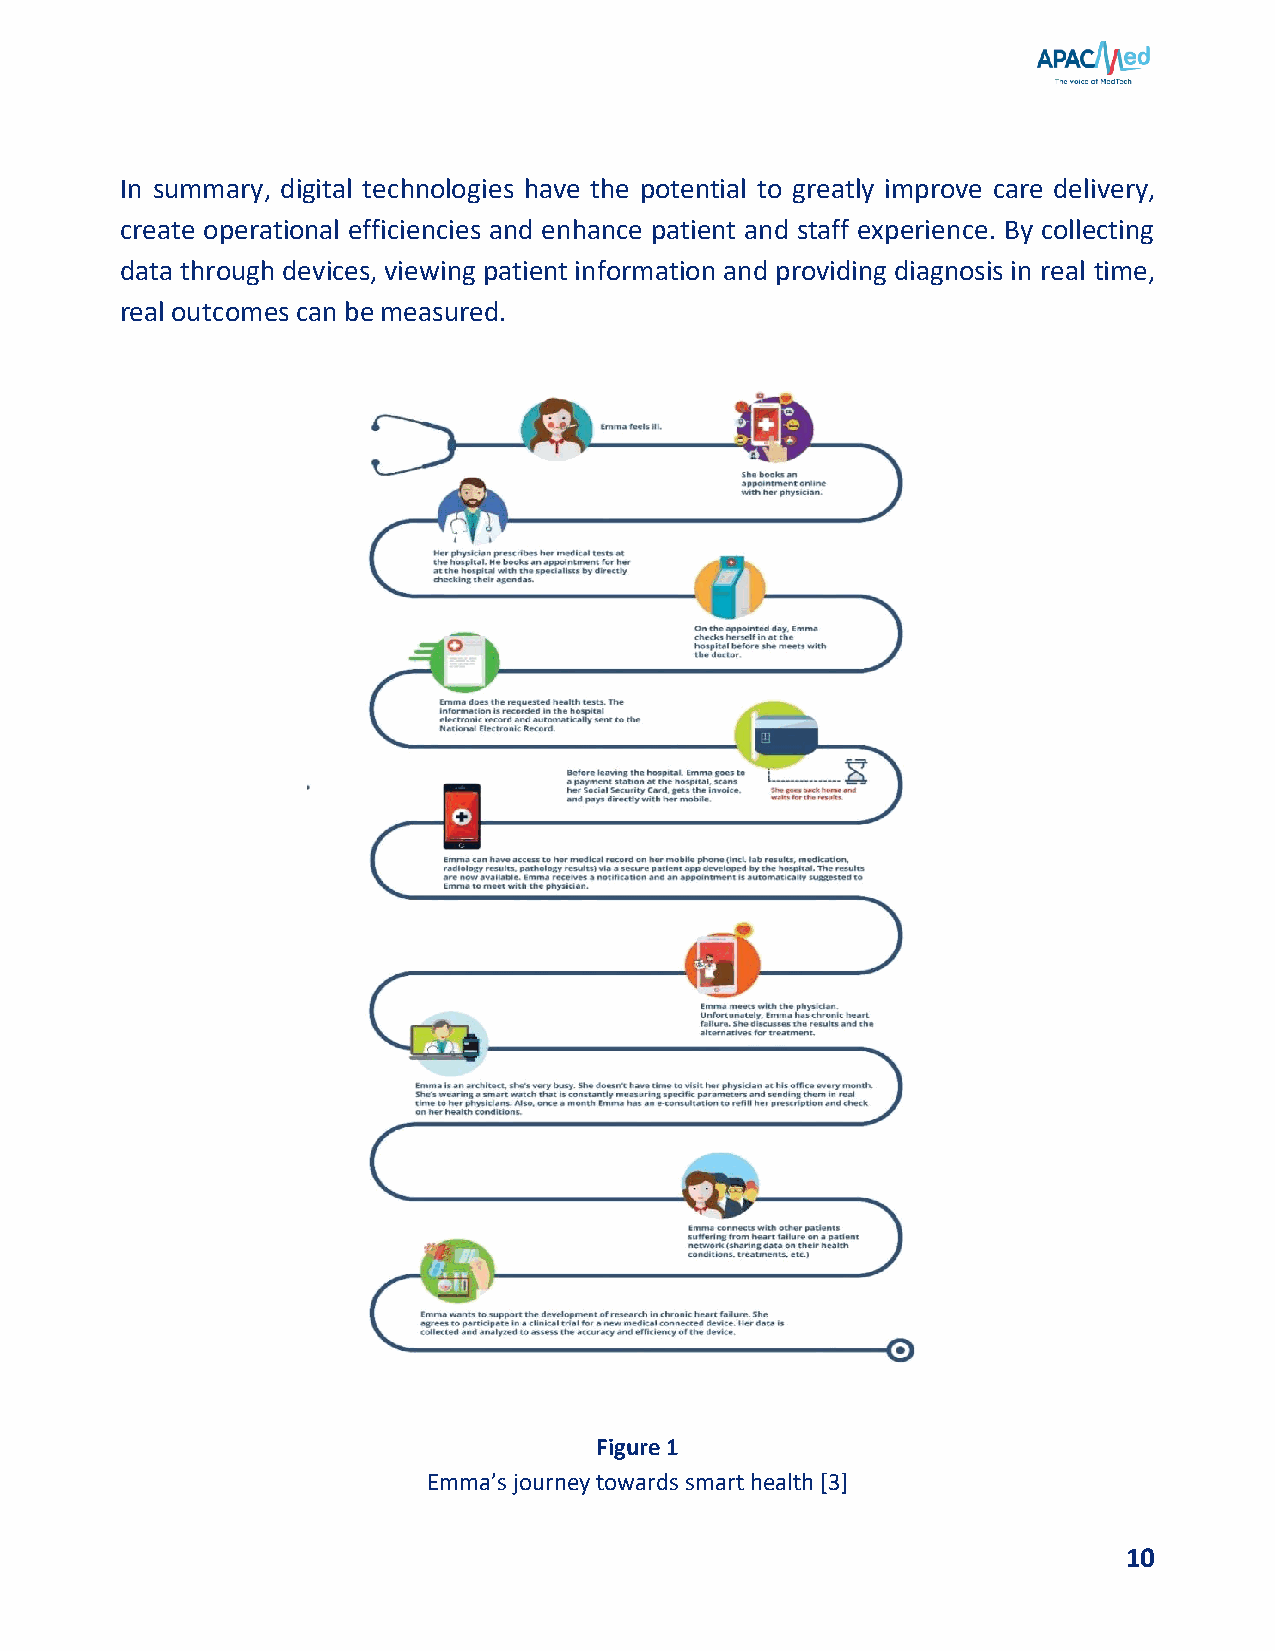
In summary, digital technologies have the potential to greatly improve care delivery,
 create operational efficiencies and enhance patient and staff experience. By collecting
 data through devices, viewing patient information and providing diagnosis in real time,
 real outcomes can be measured.
 Figure 1
 Emma’s journey towards smart health [3]
 10